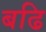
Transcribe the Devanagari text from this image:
बढि